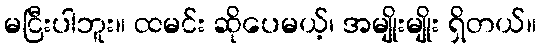
မငြီးပါဘူး။ ထမင်း ဆိုပေမယ့်၊ အမျိုးမျိုး ရှိတယ်။